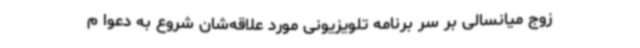
زوج میانسالی بر سر برنامه تلویزیونی مورد علاقه‌شان شروع به دعوا م